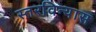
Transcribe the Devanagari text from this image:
स्तरविन्यास